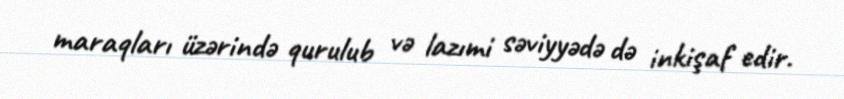
maraqları üzərində qurulub və lazımi səviyyədə də inkişaf edir.